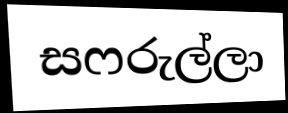
සෆරුල්ලා